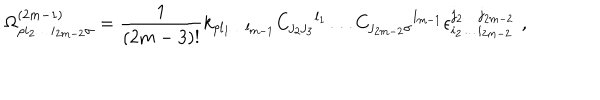
\Omega _ { \rho i _ { 2 } \ldots i _ { 2 m - 2 } \sigma } ^ { ( 2 m - 1 ) } = { \frac { 1 } { ( 2 m - 3 ) ! } } k _ { \rho l _ { 1 } \ldots l _ { m - 1 } } { C _ { j _ { 2 } j _ { 3 } } } ^ { l _ { 1 } } \ldots { C _ { j _ { 2 m - 2 } \sigma } } ^ { l _ { m - 1 } } \epsilon _ { i _ { 2 } \ldots i _ { 2 m - 2 } } ^ { j _ { 2 } \ldots j _ { 2 m - 2 } } \, \, ,